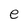
Character: e